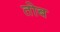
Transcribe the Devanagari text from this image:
तोब